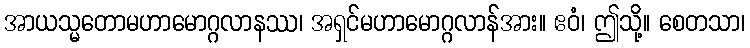
အာယသ္မတောမဟာမောဂ္ဂလာနဿ၊ အရှင်မဟာမောဂ္ဂလာန်အား။ ဧဝံ၊ ဤသို့။ စေတသာ၊